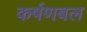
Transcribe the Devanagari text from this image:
कर्षणबल